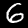
Digit: 6